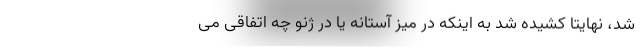
شد، نهایتا کشیده شد به اینکه در میز آستانه یا در ژنو چه اتفاقی می